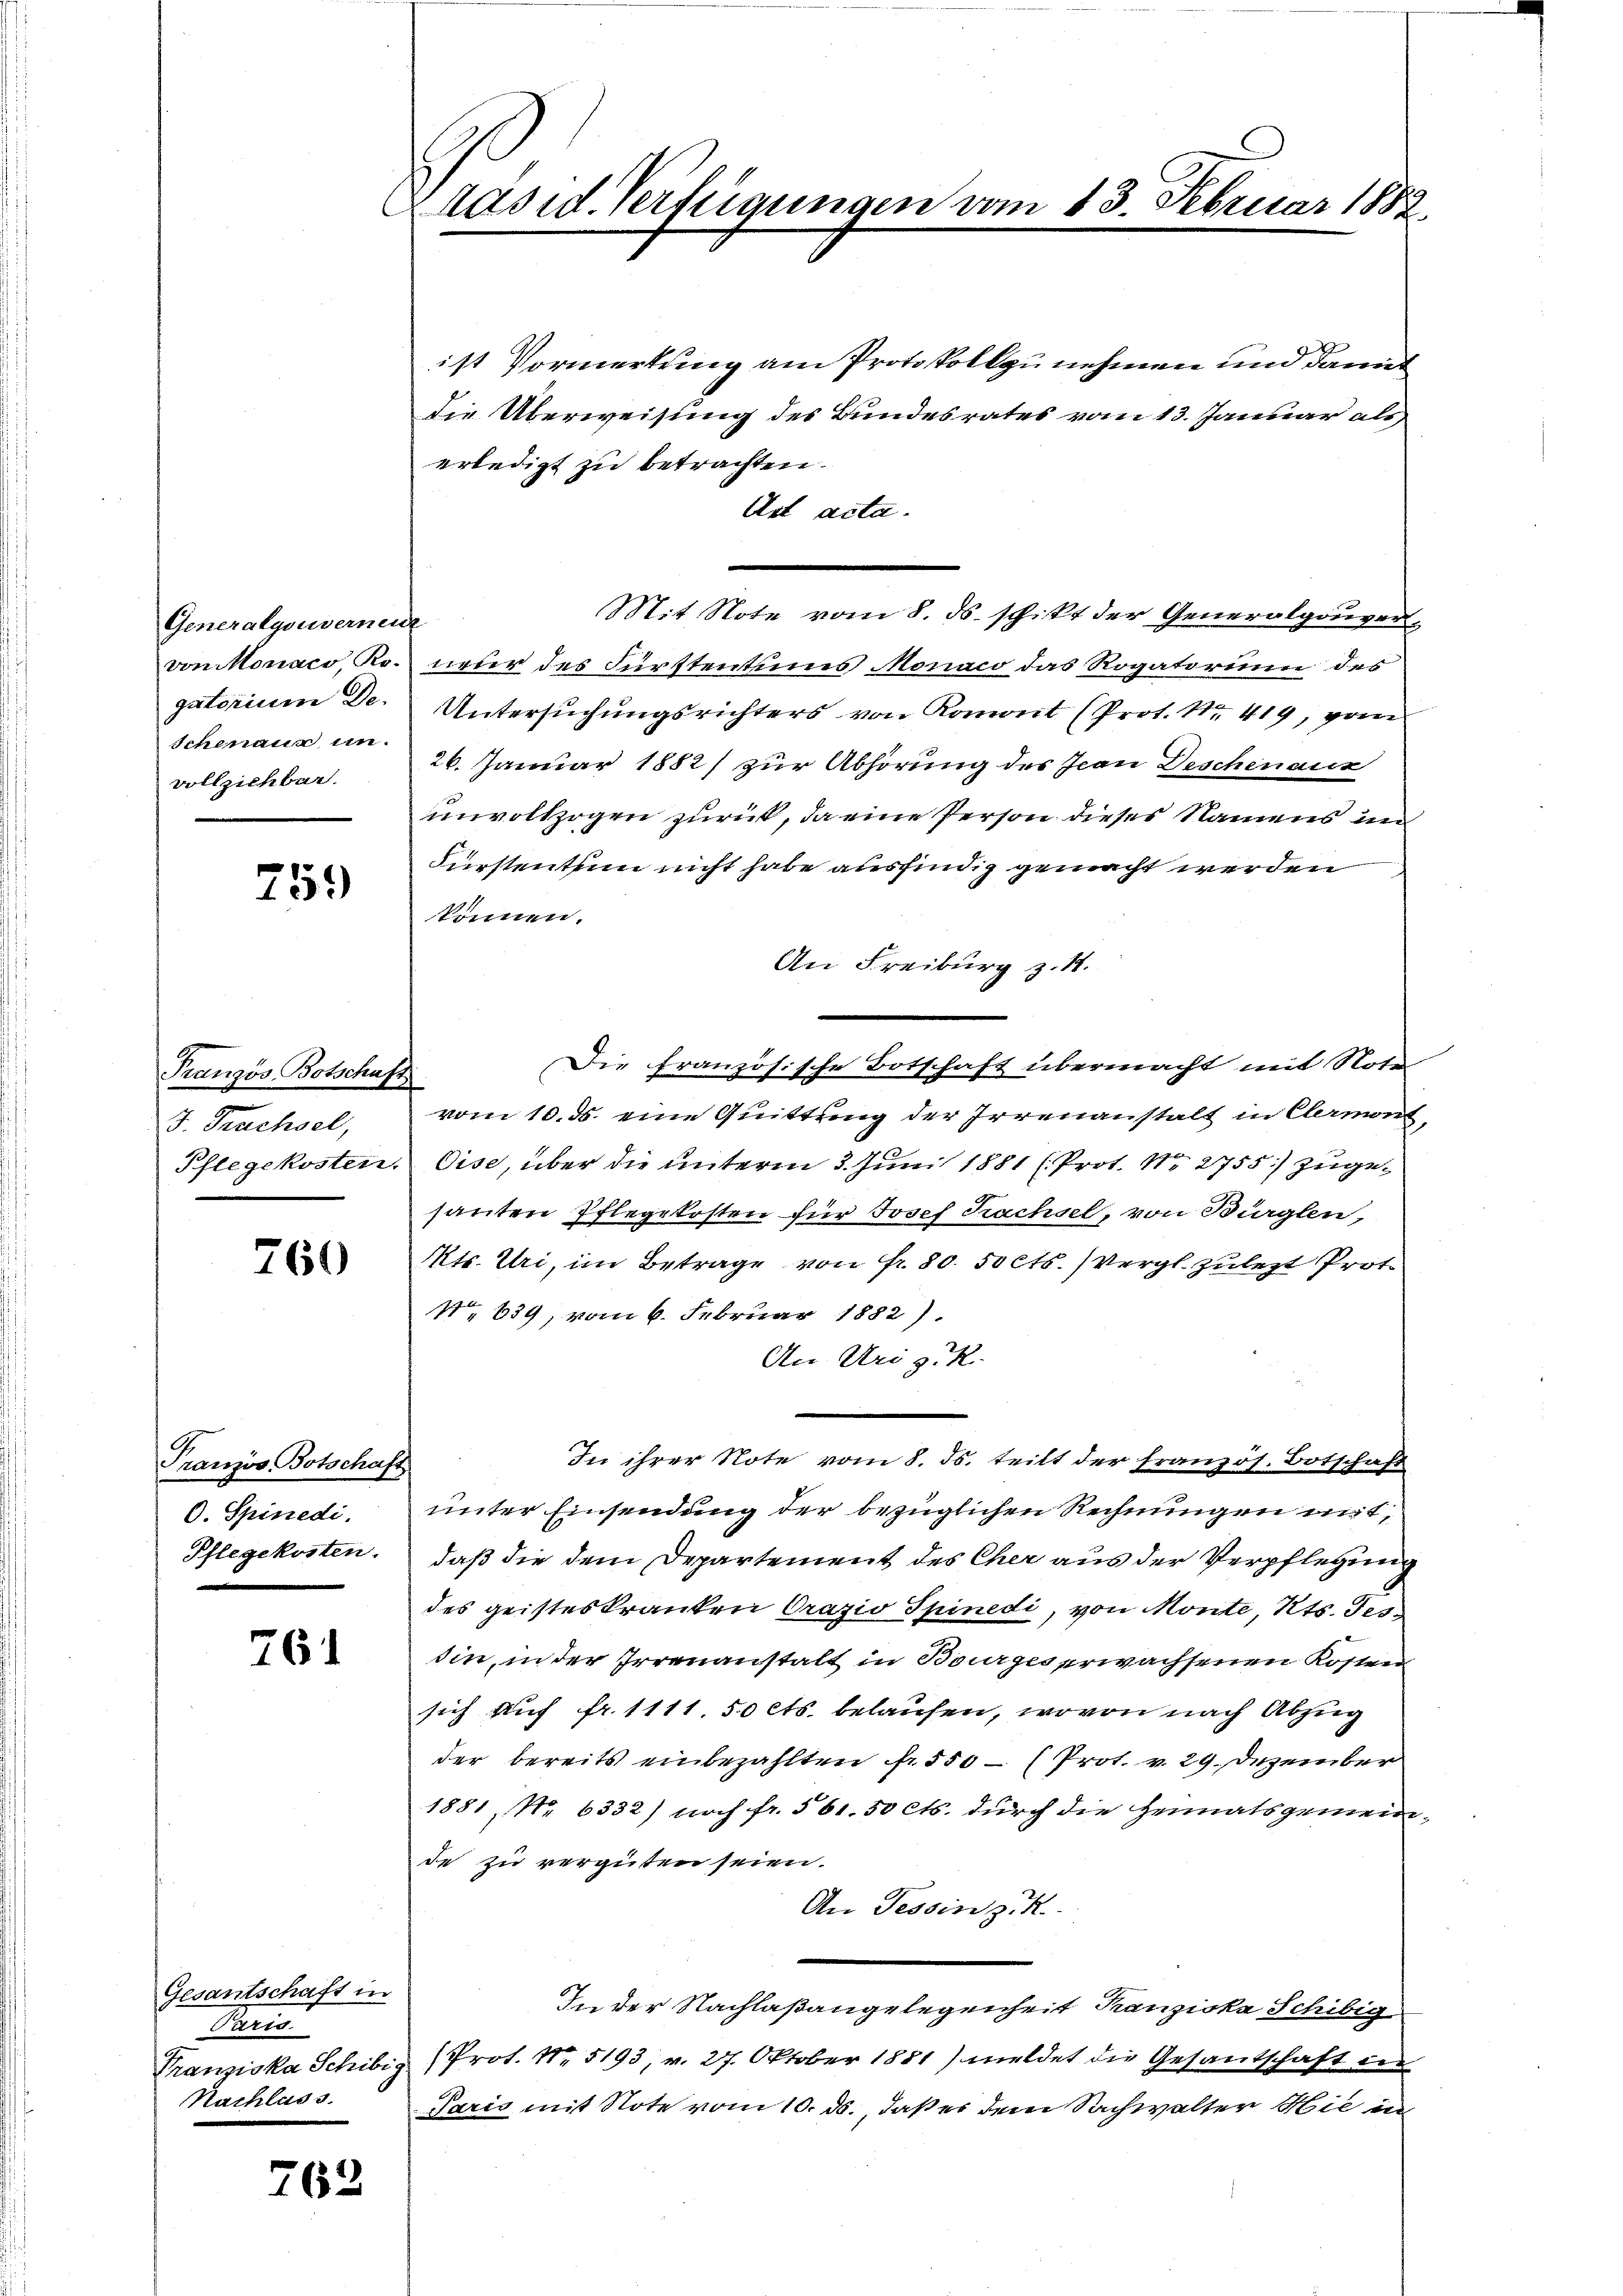
Generalgouvernen
von Monaco, Ro-
gatorium De-
Schmann, in
vollziehbar.

259

Französ. Botschaft
J. Trachsel,
Pflegekosten.

760

Französ. Botschaft
O. Spinedi.
Pflegekosten.

761

Gesantschaft in
Paris
Franziska Schibig
Nachlass.

762

Präsid. Verfügungen vom 13. Februar 185

ist Vormerkung am Protokoll zu nehmen und damit
die Überweisung des Bundesrates vom 13. Januar als
erledigt zu betrachten.
Ast acta.
Mit Note vom 8. ds. schikt der Generalgouvert
neur des Fürstentums Monaco das Rogatorium des
Untersuchungsrichters von Komont (Prot. Nr. 419, vom
26. Januar 1882) zur Abhörung des Jean Deschenaus
unvollzogen zurück, da eine Person dieses Namens un
Fürstenthum nicht habe ausfindig gemacht werden
können.
An Freiburg z. 1.
Die französische Botschaft übermacht mit Note
vom 10. ds. eine Quittung der Irrenanstalt in Clermont
Oise, über die unterm 3. Juni 1881 (Prot. No 2755) zugesanten Pflegekosten für Josef Trachsel, von Bürglen,
Kts. Uri, im Betrage von Fr. 80. 50 cts. (Vergl. zuletzt Prot
No 639, vom 6. Februar 1882).
An Uri z. R.
In ihrer Note vom 8. ds. teilt der französ. Botschaft
unter Einsendung der bezüglichen Rechnungen mit,
daß die dem Departement des Cher aus der Verpflegung
des geisteskranken Orazio Spinedi, von Monte, Kts. Tes
sin, in der Irrenanstalt in Bourges erwachsenen Kosten
sich auf fr. 1111 50 cts. belaufen, wovon nach Abzug
der bereits einbezahlten fr. 550 – (Prot. v. 29. Dezember
1881, No 6332) noch fr. 561.50 cts. durch die Heimatsgemein-
de zu vergüten seien.
An Tessin z. K
In der Nachlaßangelegenheit Kranziska Schibig
Prot. N. 5193, v. 27. Oktober 1881) meldet die Gesantschaft in
Paris mit Note vom 10. ds., daß es dem Sachwalter Mit in